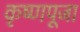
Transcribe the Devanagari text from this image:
कृष्‍णपूजा